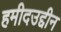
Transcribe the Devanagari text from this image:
हमीदउद्दीन